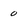
Character: 0